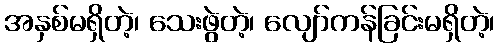
အနှစ်မရှိတဲ့၊ သေးဖွဲတဲ့၊ လျော်ကန်ခြင်းမရှိတဲ့၊